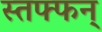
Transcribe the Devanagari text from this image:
स्तफ्फन्